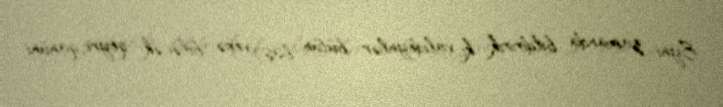
Eyni zamanda bildiririk ki, valideynlər bütün baş verə biləcək qeyri-qanuni